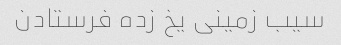
سیب زمینی یخ زده فرستادن